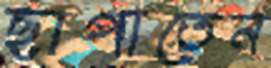
ছাপাতেন